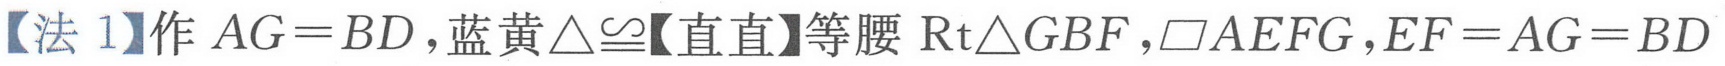
【法 1】作 \(AG = BD\)，蓝黄\(\triangle\cong\)【直直】等腰\(\text{Rt}\triangle GBF\)，\(\square AEFG\)，\(EF = AG = BD\)